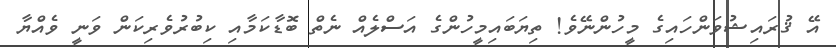
އޭ ޤުރައިޝުވަންހައިގެ މީހުންނޭވެ! ތިޔަބައިމީހުންގެ އަސްލެއް ނެތް ބޮޑާކަމާއި ކިބުރުވެރިކަން ވަނީ ވެއްޔާ